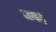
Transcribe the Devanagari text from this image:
मगह